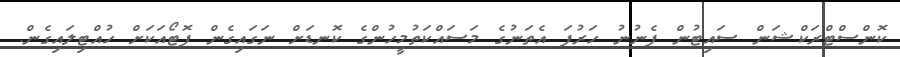
ކޮންސްޓްރަކްޝަން ސައިޓުން ފެނުނު ހަރުފަ އެތަނުގެ މަސައްކަތުމީހުންގެ ކޮނޑަށް ނަގައިގެން ފޮޓޯއަކަށް ހުއްޓިލައިގެން.